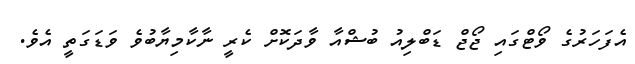
އެފަހަރުގެ ވޯޓްގައި ޖޯޖް ޑަބްލިއު ބުޝްއާ ވާދަކޮށް ކެރީ ނާކާމިޔާބުވެ ވަޑަގަތީ އެވެ.